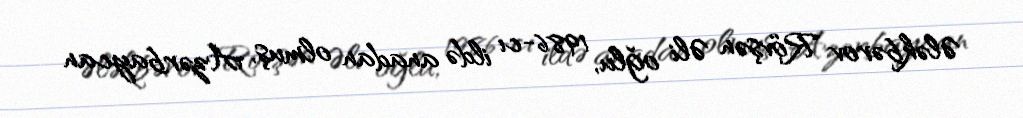
Ələkbərov Rövşən Əli oğlu, 1986-cı ildə anadan olmuş, Azərbaycan